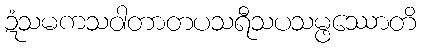
ဍံသမကသဝါတာတပသရီသပသမ္ဖဿောတိ